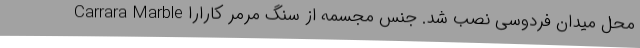
محل میدان فردوسی نصب شد. جنس مجسمه از سنگ مرمر کارارا Carrara Marble